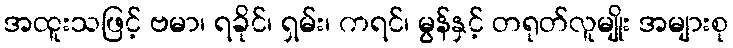
အထူးသဖြင့် ဗမာ၊ ရခိုင်၊ ရှမ်း၊ ကရင်၊ မွန်နှင့် တရုတ်လူမျိုး အများစု